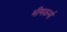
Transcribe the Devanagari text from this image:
भीमकर्मा